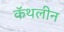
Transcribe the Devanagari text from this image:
कॅथलीन